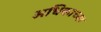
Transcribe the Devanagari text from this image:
अधिकाच्या